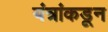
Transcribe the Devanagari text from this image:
यंत्रांकडून